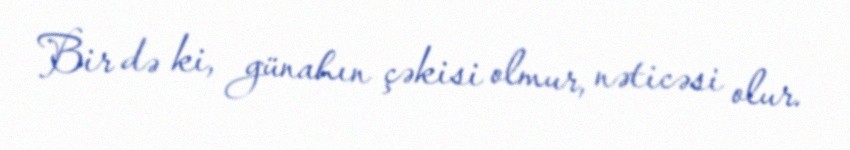
Bir də ki, günahın çəkisi olmur, nəticəsi olur.